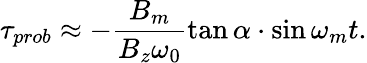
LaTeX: \tau_{prob}\approx-\frac{B_{m}}{B_{z}\omega_{0}}\tan\alpha\cdot\sin\omega_{m}t.